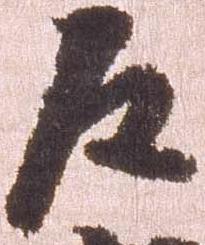
左